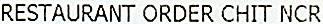
RESTAURANT ORDER CHIT NCR